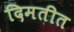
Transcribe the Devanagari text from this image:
दिमतीत